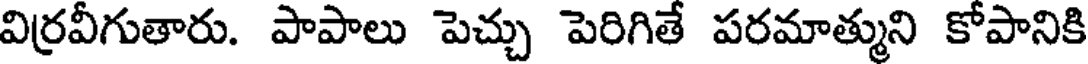
విర్రవీగుతారు. పాపాలు పెచ్చు పెరిగితే పరమాత్ముని కోపానికి